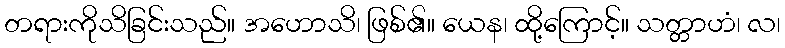
တရားကိုသိခြင်းသည်။ အဟောသိ၊ ဖြစ်၏။ ယေန၊ ထို့ကြောင့်။ သတ္တာဟံ၊ လ၊